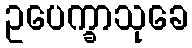
ဥပေက္ခာသုခေ